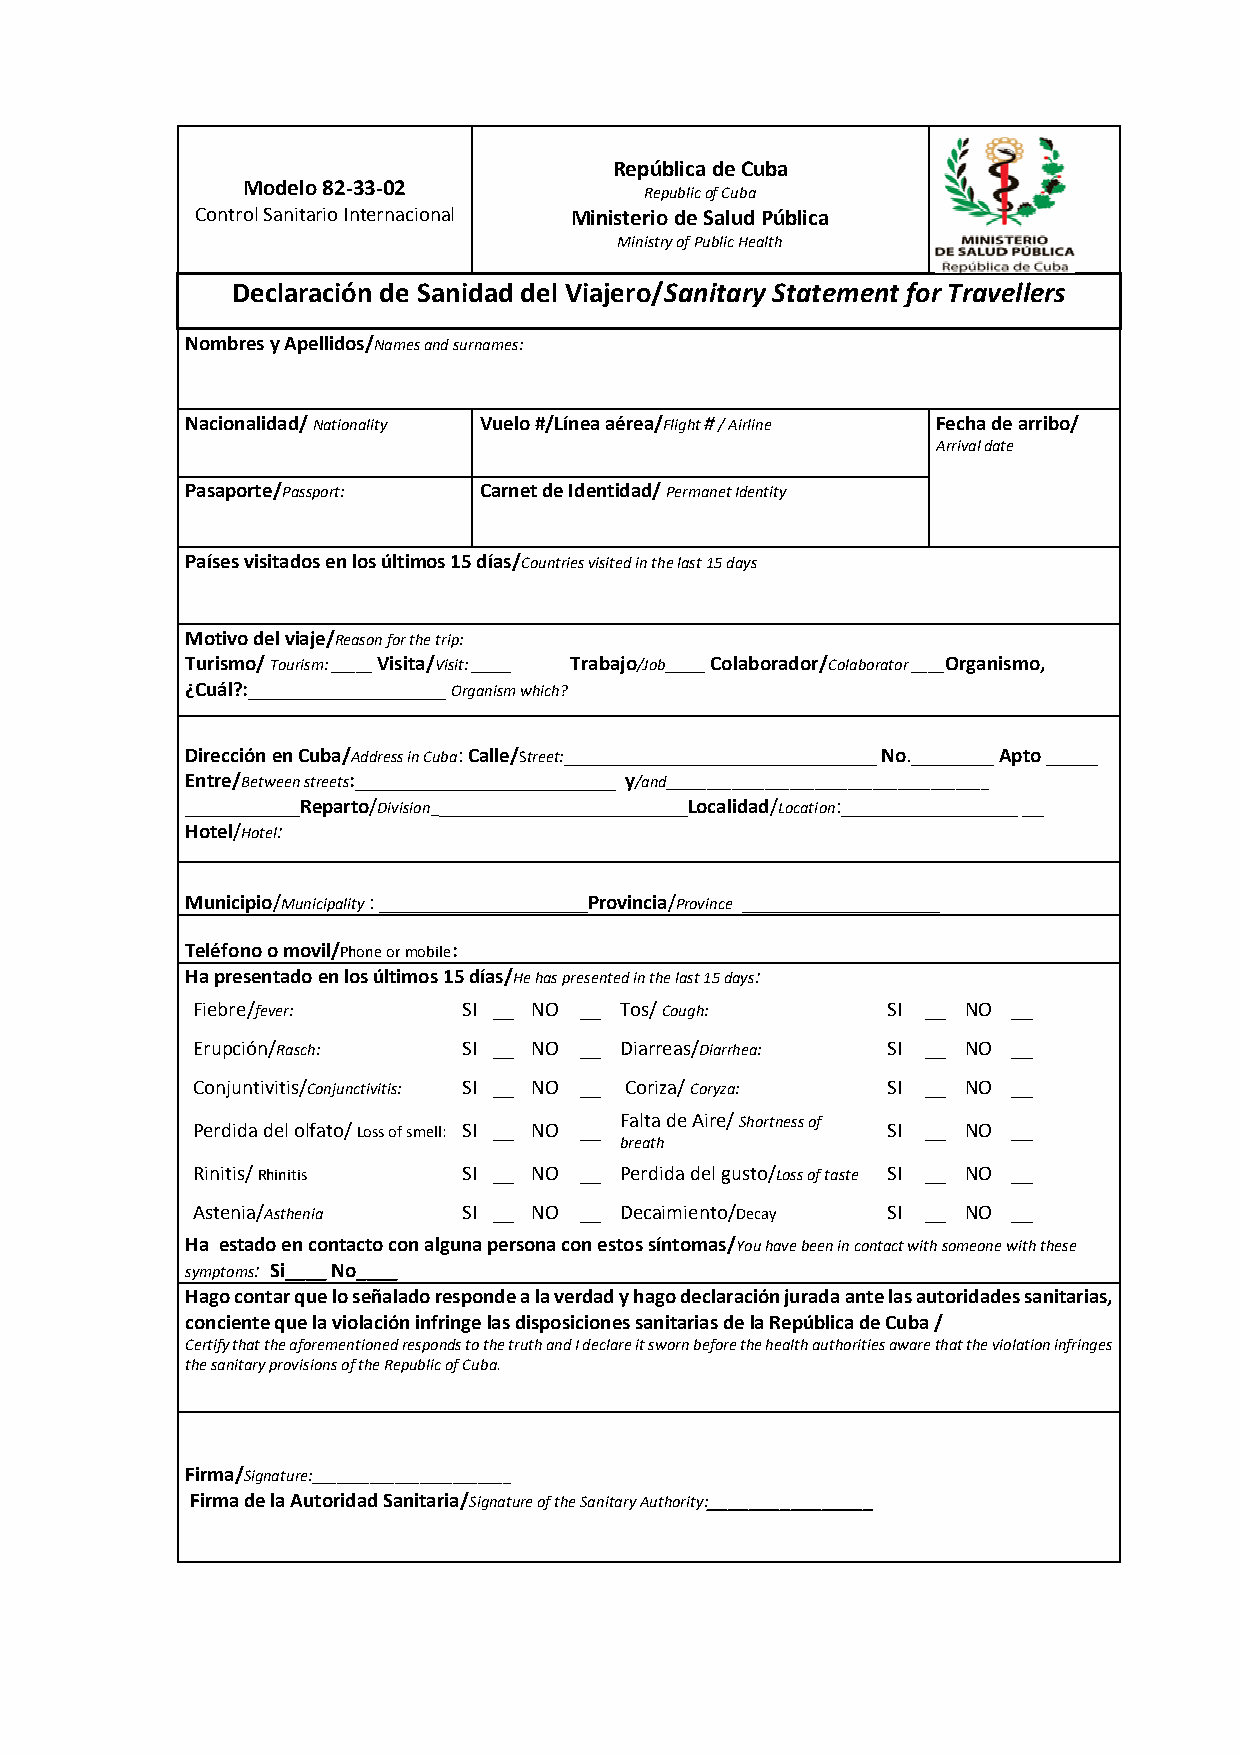
República de Cuba
 Modelo 82-33-02
 Republic of Cuba
 Control Sanitario Internacional Ministerio de Salud Pública
 Ministry of Public Health
 Declaración de Sanidad del Viajero/Sanitary Statement for Travellers
 Nombres y Apellidos/Names and surnames:
 Nacionalidad/ Nationality Vuelo #/Línea aérea/Flight # / Airline Fecha de arribo/
 Arrival date
 Pasaporte/Passport: Carnet de Identidad/ Permanet Identity
 Países visitados en los últimos 15 días/Countries visited in the last 15 days
 Motivo del viaje/Reason for the trip:
 Turismo/ Tourism: _____ Visita/Visit: _____ Trabajo/Job_____ Colaborador/Colaborator ____Organismo,
 ¿Cuál?:___________________ Organism which?
 Dirección en Cuba/Address in Cuba: Calle/Street:______________________________ No.________ Apto _____
 Entre/Between streets:_________________________ y/and_______________________________________
 ___________Reparto/Division_________________________Localidad/Location:_________________ __
 Hotel/Hotel:
 Municipio/Municipality : ____________________Provincia/Province ___________________
 Teléfono o movil/Phone or mobile:
 Ha presentado en los últimos 15 días/He has presented in the last 15 days:
 Fiebre/fever:     SI __ NO __ Tos/ Cough:     SI __ NO __
 Erupción/Rasch:   SI __ NO __ Diarreas/Diarrhea: SI __ NO __
 Conjuntivitis/Conjunctivitis: SI __ NO __ Coriza/ Coryza: SI __ NO __
 Falta de Aire/ Shortness of
 Perdida del olfato/ Loss of smell: SI __ NO __ SI __ NO __
 breath
 Rinitis/ Rhinitis SI __ NO __ Perdida del gusto/Loss of taste SI __ NO __
 Astenia/Asthenia  SI __ NO __ Decaimiento/Decay SI __ NO __
 Ha estado en contacto con alguna persona con estos síntomas/You have been in contact with someone with these
 symptoms: Si____ No____
 Hago contar que lo señalado responde a la verdad y hago declaración jurada ante las autoridades sanitarias,
 conciente que la violación infringe las disposiciones sanitarias de la República de Cuba /
 Certify that the aforementioned responds to the truth and I declare it sworn before the health authorities aware that the violation infringes
 the sanitary provisions of the Republic of Cuba.
 Firma/Signature:________________________
 Firma de la Autoridad Sanitaria/Signature of the Sanitary Authority:________________